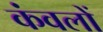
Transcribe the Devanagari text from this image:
कंवलों